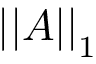
\left| \left| A \right| \right| _ { 1 }